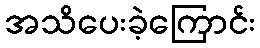
အသိပေးခဲ့ကြောင်း